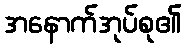
အနောက်အုပ်စု၏